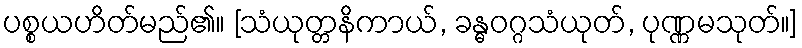
ပစ္စယဟိတ်မည်၏။ [သံယုတ္တနိကာယ်, ခန္ဓဝဂ္ဂသံယုတ်, ပုဏ္ဏမသုတ်။]